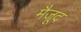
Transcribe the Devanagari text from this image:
मैजूद